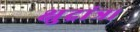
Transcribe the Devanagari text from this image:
क्षुद्रांत्र।